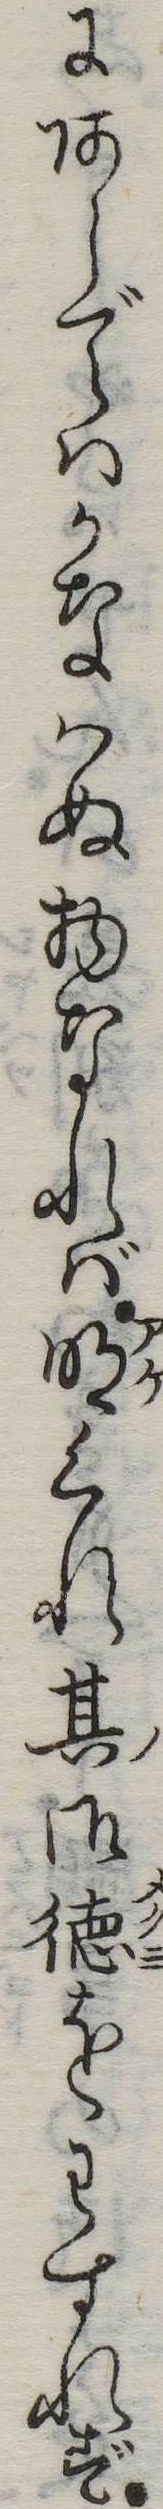
にあらではかなはぬ物なれば明くれ其御徳をわすれず